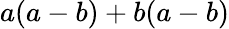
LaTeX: a(a-b)+b(a-b)